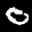
Label: 0